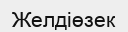
Желдіөзек